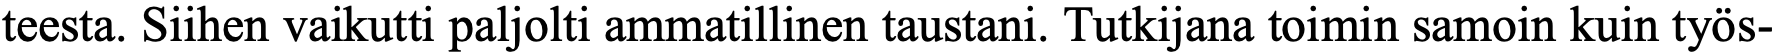
teesta. Siihen vaikutti paljolti ammatillinen taustani. Tutkijana toimin samoin kuin työs-